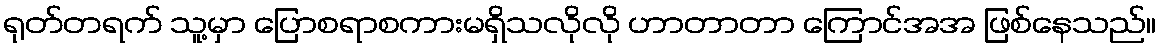
ရုတ်တရက် သူ့မှာ ပြောစရာစကားမရှိသလိုလို ဟာတာတာ ကြောင်အအ ဖြစ်နေသည်။